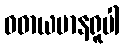
ဝဓာယမာနရူပါ